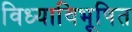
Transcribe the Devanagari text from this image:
विध्याविभूषित